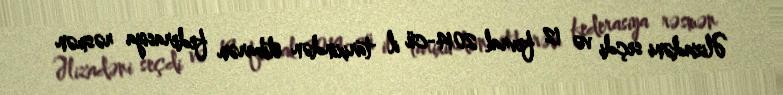
Əlizadəni seçdi və 12 fevral 2014-cü il tarixindən etibarən federasiya rəsmən